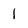
Character: 1